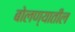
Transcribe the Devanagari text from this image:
बोलण्यातील